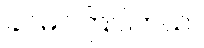
ခင်မင်ကြပါတယ်။